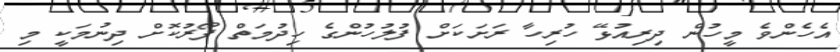
އެހެންވެ މީހުން ދިރިއުޅޭ ހުރިހާ ރަށަކަށް ފުލުހުންގެ ހިދުމަތް ފޯރުކޮށް ދިނުމަކީ މި